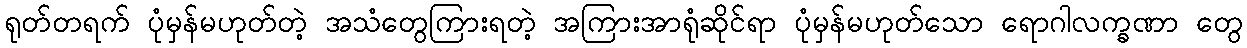
ရုတ်တရက် ပုံမှန်မဟုတ်တဲ့ အသံတွေကြားရတဲ့ အကြားအာရုံဆိုင်ရာ ပုံမှန်မဟုတ်သော ရောဂါလက္ခဏာ တွေ